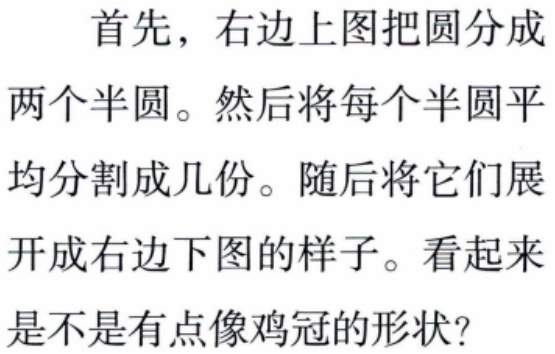
首先，右边上图把圆分成两个半圆。然后将每个半圆平均分割成几份。随后将它们展开成右边下图的样子。看起来是不是有点像鸡冠的形状？